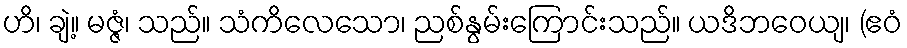
ဟိ၊ ချဲ့။ မဇ္ဇံ၊ သည်။ သံကိလေသော၊ ညစ်နွမ်းကြောင်းသည်။ ယဒိဘဝေယျ၊ (ဧဝံ